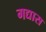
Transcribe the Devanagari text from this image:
गद्यास